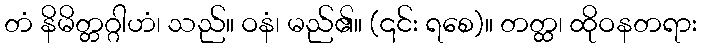
တံ နိမိတ္တဂ္ဂါဟံ၊ သည်။ ဝနံ၊ မည်၏။ (၎င်း ရစေ)။ တတ္ထ၊ ထိုဝနတရား